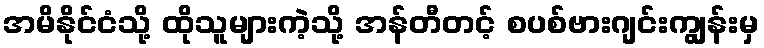
အမိနိုင်ငံသို့ ထိုသူများကဲ့သို့ အန်တီတင့် စပစ်ဗားဂျင်းကျွန်းမှ